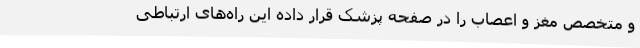
و متخصص مغز و اعصاب را در صفحه پزشک قرار داده این راه‌های ارتباطی